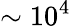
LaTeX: \sim 10^{4}